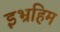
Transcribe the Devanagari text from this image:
इभ्रहिम